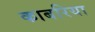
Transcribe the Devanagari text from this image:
काबरिया